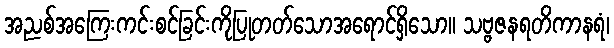
အညစ်အကြေးကင်းစင်ခြင်းကိုပြုတတ်သောအရောင်ရှိသော။ သဗ္ဗဇနရတိကာနရံ၊